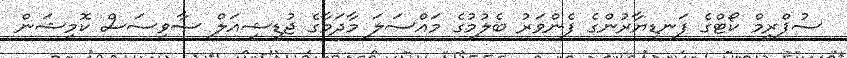
ސުޕްރީމް ކޯޓްގެ ފަނޑިޔާރުންގެ ފެންވަރު ބެލުމުގެ މައްސަލަ މާދަމާގެ ޖުޑީޝިއަލް ސާވިސަސް ކޮމިޝަން